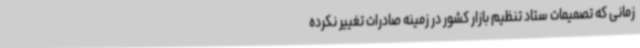
زمانی که تصمیمات ستاد تنظیم بازار کشور در زمینه صادرات تغییر نکرده